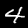
Digit: 4